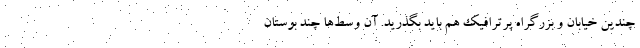
چندین خیابان و بزرگراه پرترافیک هم باید بگذرید. آن وسط‌ها چند بوستان